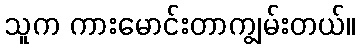
သူက ကားမောင်းတာကျွမ်းတယ်။